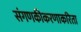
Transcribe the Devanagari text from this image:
संगणकीकरणाकरिता